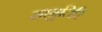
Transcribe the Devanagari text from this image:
सामुतिरि